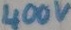
Text: 400v